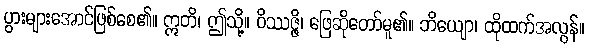
ပွားများအောင်ဖြစ်စေ၏။ ဣတိ၊ ဤသို့။ ဝိဿဇ္ဇိ၊ ဖြေဆိုတော်မူ၏။ ဘိယျော၊ ထိုထက်အလွန်။